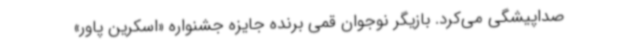
صداپیشگی می‌کرد. بازیگر نوجوان قمی برنده جایزه جشنواره «اسکرین پاور»